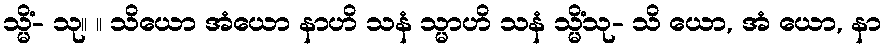
သ္မိံ- သု။ ။ သိယော အံယော နာဟိ သနံ သ္မာဟိ သနံ သ္မိံသု- သိ ယော, အံ ယော, နာ